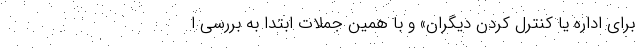
برای اداره یا کنترل کردن دیگران» و با همین جملات ابتدا به بررسی ا